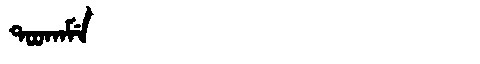
Manchu: ᡨᠣᠣᡴᠠᠮᡝ
Romanization: TOOKAME